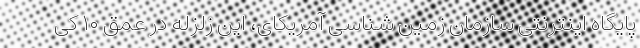
پایگاه اینترنتی سازمان زمین شناسی آمریکای، این زلزله در عمق ۱۰ کی